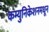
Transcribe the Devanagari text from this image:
कम्युनिकेशनमधून